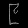
Digit: ၉